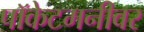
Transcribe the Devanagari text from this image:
पॉकेटमनीवर